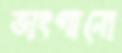
ভাংগানো